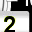
Digit: 2